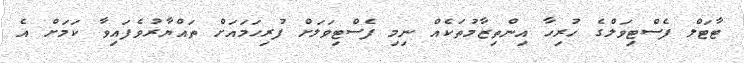
ޓާޓަލް ފެސްޓިވަލްގެ ހުރިހާ އިންތިޒާމުތަކެއް ނިމި ފެސްޓިވަލަށް ފުރިހަމައަށް ތައްޔާރުވެފައިވާ ކަމަށް އެ